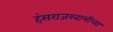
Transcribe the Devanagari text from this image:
हंसराजस्वामींच्या